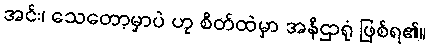
အင်း၊ သေတော့မှာပဲ ဟု စိတ်ထဲမှာ အနိဌာရုံ ဖြစ်ရ၏။